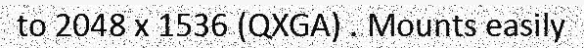
to 2048 x 1536 (QXGA) . Mounts easily